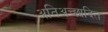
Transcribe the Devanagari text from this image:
अतिअच्छादित